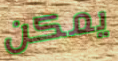
يمكن